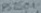
Text: PS2501